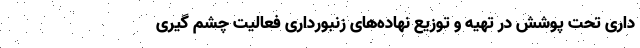
داری تحت پوشش در تهیه و توزیع نهاده‌های زنبورداری فعالیت چشم گیری